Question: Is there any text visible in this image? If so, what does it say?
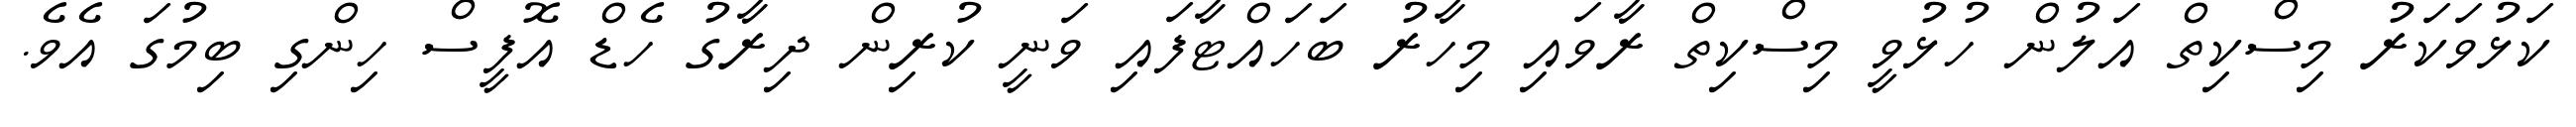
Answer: ކަޅުވަކަރު މިސްކިތް އަލުން ހުޅުވީ މިސްކިތް ރާވައި މިހާރު ބަހައްޓާފައި ވަނީ ކުރިން ދިރާގު ހެޑް އޮފީސް ހިންގި ބިމުގަ އެވެ.